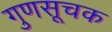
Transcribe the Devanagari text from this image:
गुणसूचक